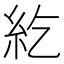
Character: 紇